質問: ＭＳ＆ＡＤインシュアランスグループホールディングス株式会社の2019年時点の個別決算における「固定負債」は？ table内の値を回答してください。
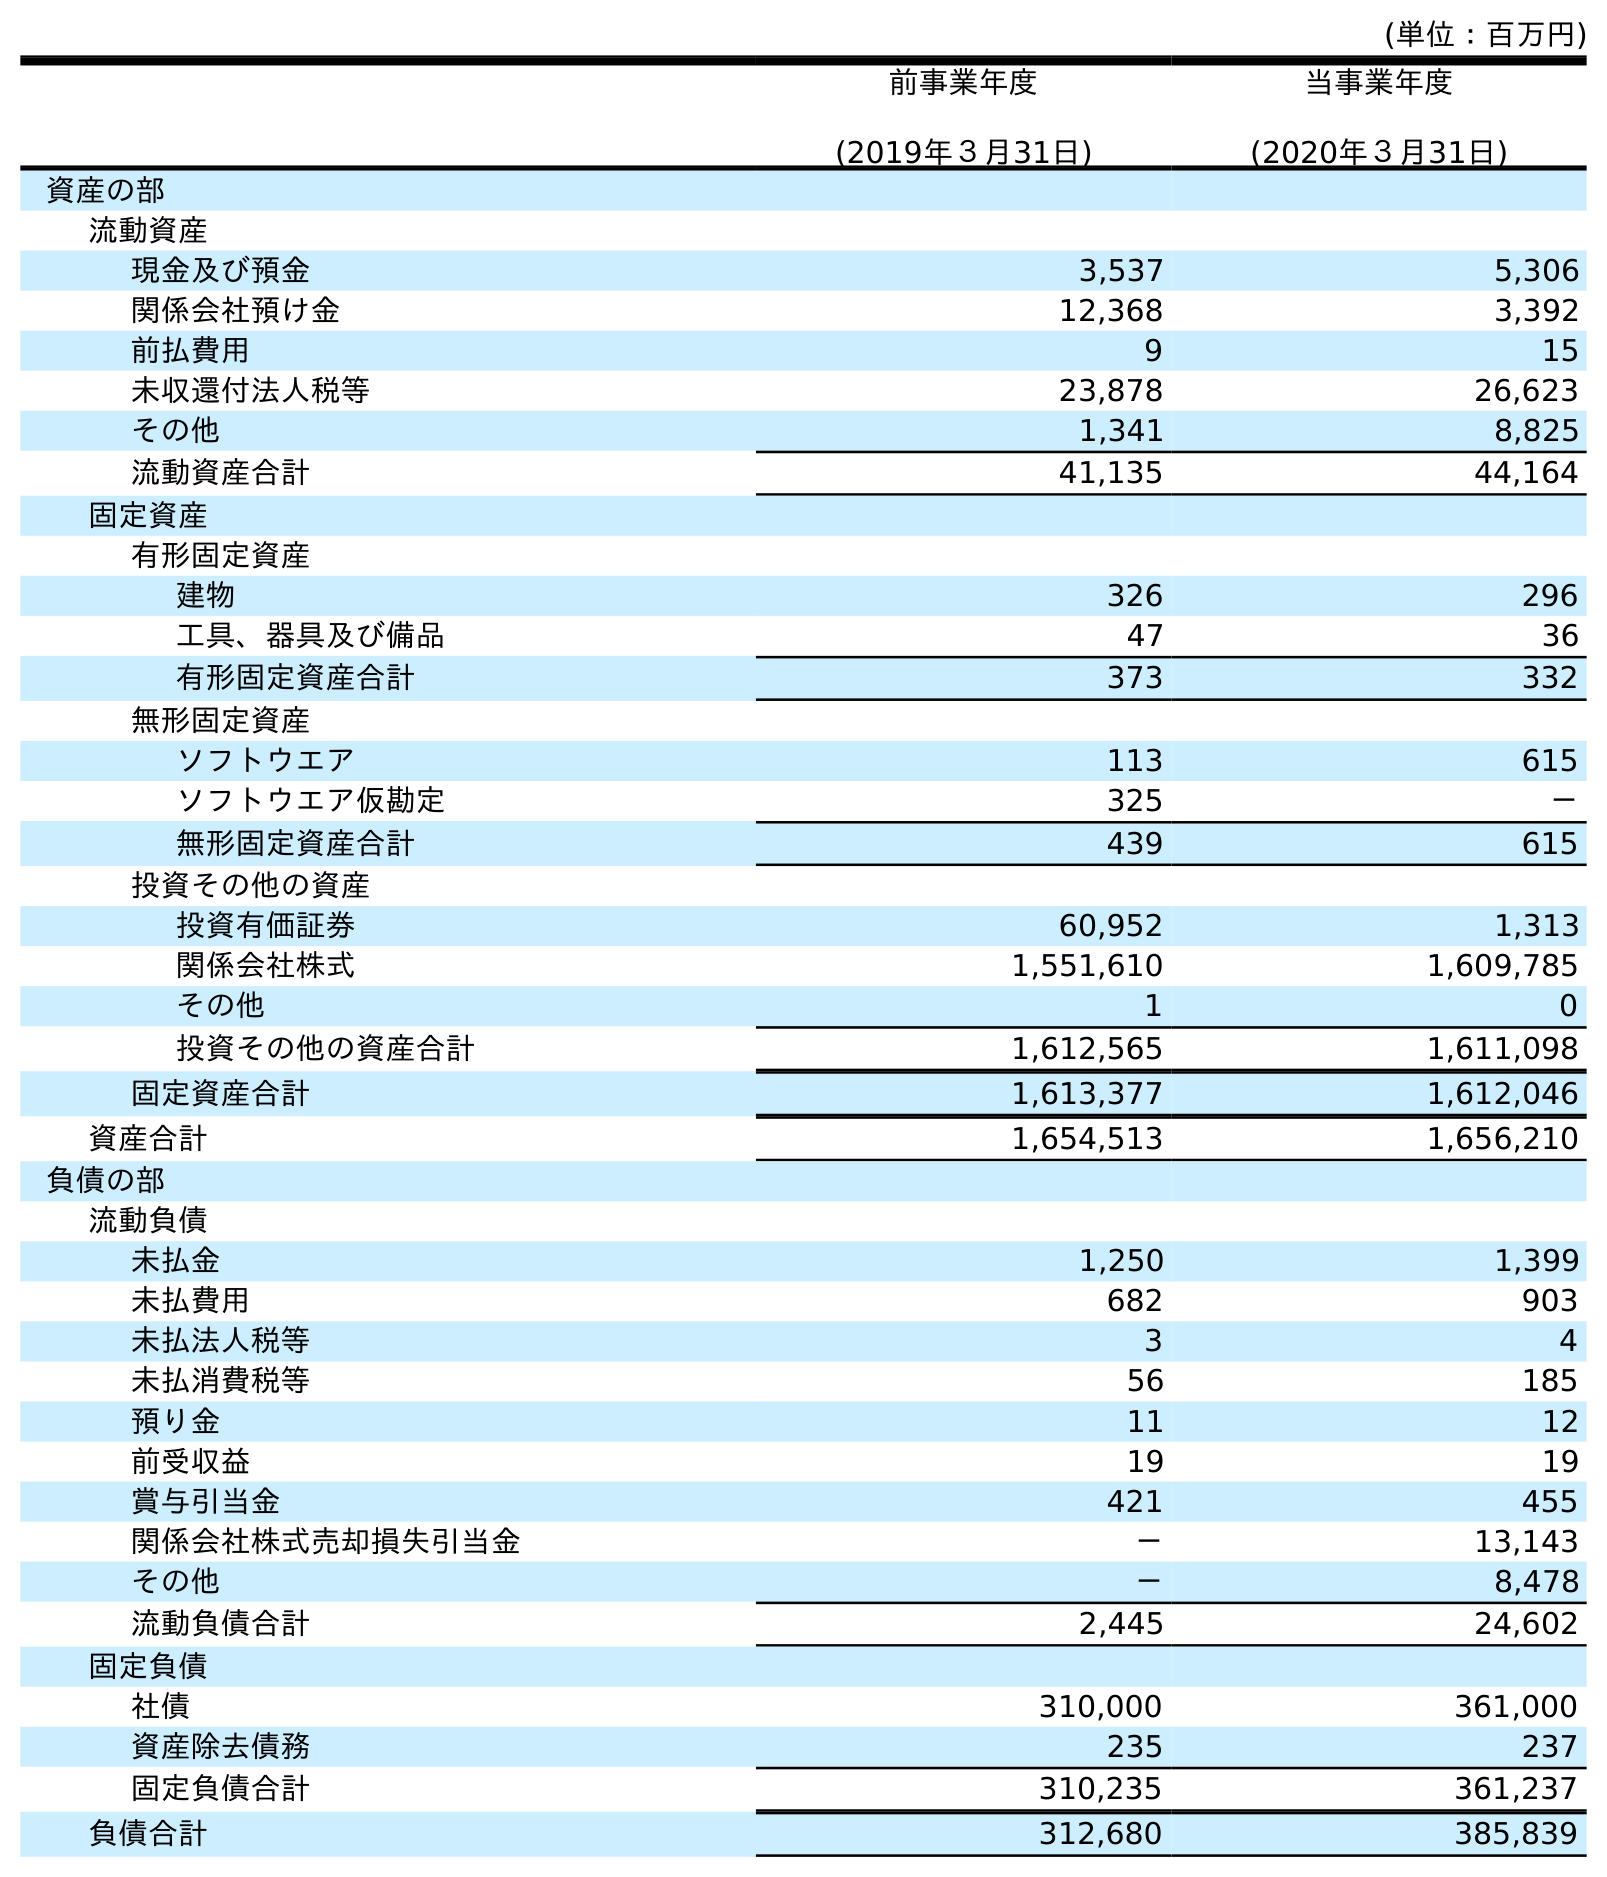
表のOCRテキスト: (単位：百万円) 前事業年度 (2019年３月31日) 当事業年度 (2020年３月31日) 資産の部 流動資産 現金及び預金 3,537 5,306 関係会社預け金 12,368 3,392 前払費用 9 15 未収還付法人税等 23,878 26,623 その他 1,341 8,825 流動資産合計 41,135 44,164 固定資産 有形固定資産 建物 326 296 工具、器具及び備品 47 36 有形固定資産合計 373 332 無形固定資産 ソフトウエア 113 615 ソフトウエア仮勘定 325 － 無形固定資産合計 439 615 投資その他の資産 投資有価証券 60,952 1,313 関係会社株式 1,551,610 1,609,785 その他 1 0 投資その他の資産合計 1,612,565 1,611,098 固定資産合計 1,613,377 1,612,046 資産合計 1,654,513 1,656,210 負債の部 流動負債 未払金 1,250 1,399 未払費用 682 903 未払法人税等 3 4 未払消費税等 56 185 預り金 11 12 前受収益 19 19 賞与引当金 421 455 関係会社株式売却損失引当金 － 13,143 その他 － 8,478 流動負債合計 2,445 24,602 固定負債 社債 310,000 361,000 資産除去債務 235 237 固定負債合計 310,235 361,237 負債合計 312,680 385,839
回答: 310,235